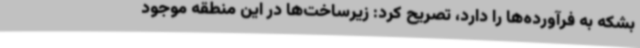
بشکه به فرآورده‌ها را دارد، تصریح کرد: زیرساخت‌ها در این منطقه موجود